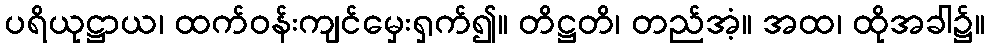
ပရိယုဋ္ဌာယ၊ ထက်ဝန်းကျင်မှေးရှက်၍။ တိဋ္ဌတိ၊ တည်အံ့။ အထ၊ ထိုအခါ၌။